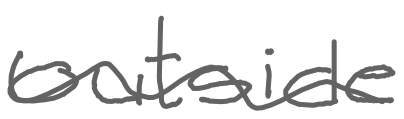
Text: outside
Cross-out: wave
Writing tool: digital_gray